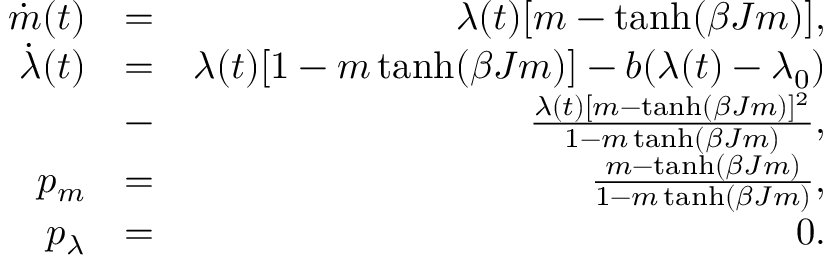
\begin{array} { r l r } { \dot { m } ( t ) } & { = } & { \lambda ( t ) [ m - \operatorname { t a n h } ( \beta J m ) ] , } \\ { \dot { \lambda } ( t ) } & { = } & { \lambda ( t ) [ 1 - m \operatorname { t a n h } ( \beta J m ) ] - b ( \lambda ( t ) - \lambda _ { 0 } ) } \\ & { - } & { \frac { \lambda ( t ) [ m - \operatorname { t a n h } ( \beta J m ) ] ^ { 2 } } { 1 - m \operatorname { t a n h } ( \beta J m ) } , } \\ { p _ { m } } & { = } & { \frac { m - \operatorname { t a n h } ( \beta J m ) } { 1 - m \operatorname { t a n h } ( \beta J m ) } , } \\ { p _ { \lambda } } & { = } & { 0 . } \end{array}